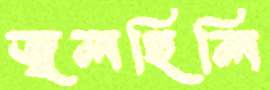
জ্বলছিলি